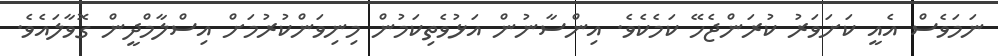
ނަމަވެސް އެއީ ކަށަވަރު ކުރަންޖެހޭ ކަމެކެވެ. އިންސާނުން އަޅުވެތިކަމުން މިނިވަންކުރުމަށް އިސްލާމްދީން ގޮވާލައެވެ.